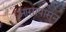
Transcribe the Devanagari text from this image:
आसापासून